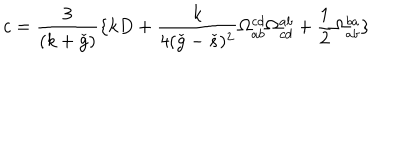
c = \frac { 3 } { ( k + \check { g } ) } \{ k D + \frac { k } { 4 ( \check { g } - \check { s } ) ^ { 2 } } \Omega _ { a b } ^ { c d } \Omega _ { c d } ^ { a b } + \frac { 1 } { 2 } \Omega _ { a b } ^ { b a } \}